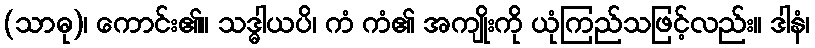
(သာဓု)၊ ကောင်း၏။ သဒ္ဓါယပိ၊ ကံ ကံ၏ အကျိုးကို ယုံကြည်သဖြင့်လည်း။ ဒါနံ၊